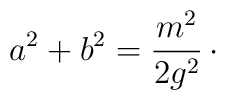
a^{2}+b^{2}={m^{2}\over 2g^{2}}\,\cdotp